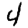
Digit: 4